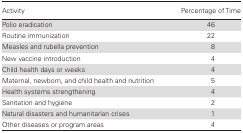
| Activity | Percentage of Time |
 | --- | --- |
 | Polio eradication | 46 |
 | Routine immunization | 22 |
 | Measles and rubella prevention | 8 |
 | New vaccine introduction | 4 |
 | Child health days or weeks | 4 |
 | Maternal, newborn, and child health and nutrition | 5 |
 | Health systems strengthening | 4 |
 | Sanitation and hygiene | 2 |
 | Natural disasters and humanitarian crises | 1 |
 | Other diseases or program areas | 4 |